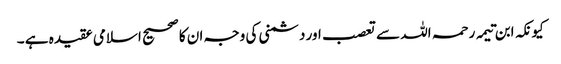
کیونکہ ابن تیمہ رحمہ اللہ سے تعصب اور دشمنی کی وجہ ان کا صحیح اسلامی عقیدہ ہے ۔